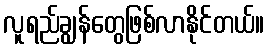
လူရည်ချွန်တွေဖြစ်လာနိုင်တယ်။